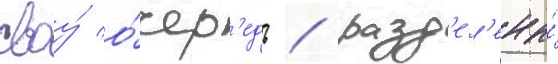
своу́ о́чер'едь / разд'ел'ены́